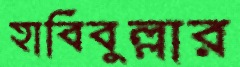
হাবিবুল্লার